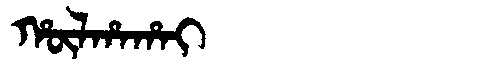
Manchu: ᡥᡡᠯᡥᠠᡥᠠᡳ
Romanization: HŪLHAHAI